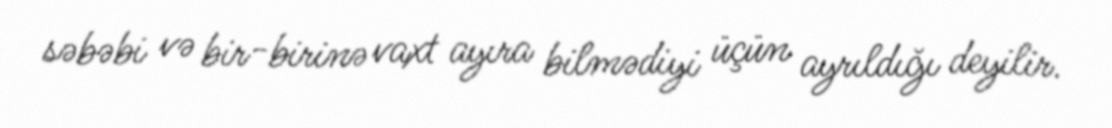
səbəbi və bir-birinə vaxt ayıra bilmədiyi üçün ayrıldığı deyilir.